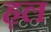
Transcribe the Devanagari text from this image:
ह़ल